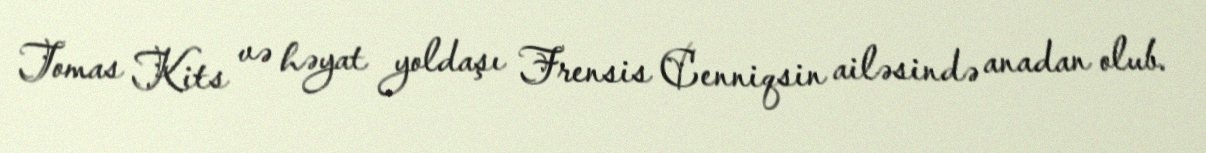
Tomas Kits və həyat yoldaşı Frensis Cenniqsin ailəsində anadan olub.